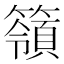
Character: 𥵝